Civil Veterinary Dept. Bombay admin report 1907-1913 - 1907-1913
Year: 1907
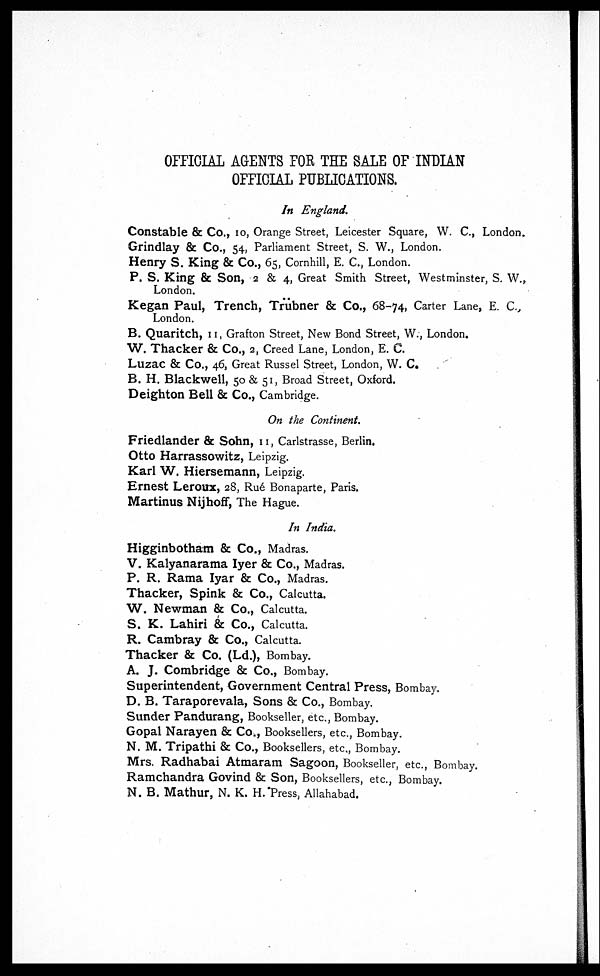
OFFICIAL AGENTS FOR THE SALE OF INDIAN
OFFICIAL PUBLICATIONS.
In England.
Constable & Co., 10, Orange Street, Leicester Square, W. C., London.
Grindlay & Co., 54, Parliament Street, S. W., London.
Henry S. King & Co., 65, Cornhill, E. C., London.
P. S. King & Son, 2 & 4, Great Smith Street, Westminster, S. W.,
London.
Kegan Paul, Trench, Trübner & Co., 68-74, Carter Lane, E. C.,
London.
B. Quaritch, 11, Grafton Street, New Bond Street, W., London.
W. Thacker & Co., 2, Creed Lane, London, E. C.
Luzac & Co., 46, Great Russel Street, London, W. C.
B. H. Blackwell, 50 & 51, Broad Street, Oxford.
Deighton Bell & Co., Cambridge.
On the Continent.
Friedlander & Sohn, 11, Carlstrasse, Berlin.
Otto Harrassowitz, Leipzig.
Karl W. Hiersemann, Leipzig.
Ernest Leroux, 28, Ruá Bonaparte, Paris.
Martinus Nijhoff, The Hague.
In India.
Higginbotham & Co., Madras.
V. Kalyanarama Iyer & Co., Madras.
P. R. Rama Iyar & Co., Madras.
Thacker, Spink & Co., Calcutta.
W. Newman & Co., Calcutta.
S. K. Lahiri & Co., Calcutta.
R. Cambray & Co., Calcutta.
Thacker & Co. (Ld.), Bombay.
A. J. Combridge & Co., Bombay.
Superintendent, Government Central Press, Bombay.
D. B. Taraporevala, Sons & Co., Bombay.
Sunder Pandurang, Bookseller, etc., Bombay.
Gopal Narayen & Co., Booksellers, etc., Bombay.
N. M. Tripathi & Co., Booksellers, etc., Bombay.
Mrs. Radhabai Atmaram Sagoon, Bookseller, etc., Bombay.
Ramchandra Govind & Son, Booksellers, etc., Bombay.
N. B. Mathur, N. K. H. Press, Allahabad.